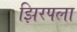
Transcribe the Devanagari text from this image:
झिरपला